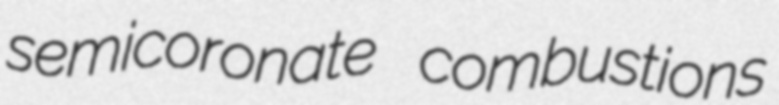
semicoronate combustions